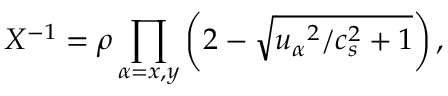
X ^ { - 1 } = \rho \prod _ { \alpha = x , y } \left( 2 - \sqrt { { u _ { \alpha } } ^ { 2 } / c _ { s } ^ { 2 } + 1 } \right) ,